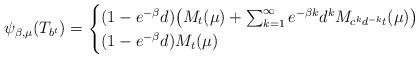
LaTeX: \begin{align*}\psi_{\beta,\mu}(T_{b^t})=\begin{cases}(1-e^{-\beta}d)\big(M_t(\mu)+\sum_{k=1}^\infty e^{-\beta k}d^kM_{c^kd^{-k}t}(\mu)\big)&\\(1-e^{-\beta}d)M_t(\mu)&\end{cases}\end{align*}